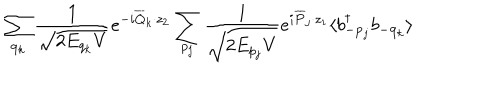
LaTeX: \sum _ { { \bf q } _ { k } } \frac { 1 } { \sqrt { 2 E _ { q _ { k } } V } } e ^ { - i \overline { { { Q } } } _ { k } \cdot z _ { 2 } } \sum _ { p _ { j } } \frac { 1 } { \sqrt { 2 E _ { p _ { j } } V } } e ^ { i \overline { { { P } } } _ { j } \cdot z _ { 1 } } \langle b _ { - { \bf p } _ { j } } ^ { \dagger } b _ { - { \bf q } _ { k } } \rangle